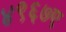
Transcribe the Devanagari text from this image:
४९६७ए